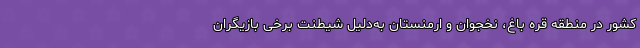
کشور در منطقه قره باغ، نخجوان و ارمنستان به‌دلیل شیطنت برخی بازیگران